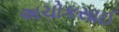
અચોકસાઈ